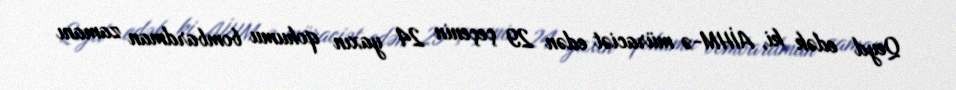
Qeyd edək ki, AİHM-ə müraciət edən 29 çeçenin 24 yaxın qohumu bombardman zamanı